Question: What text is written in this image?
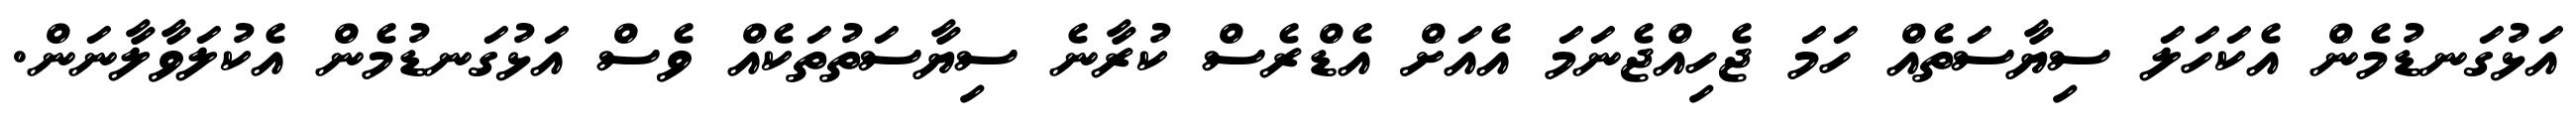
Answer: އަޅުގަނޑުމެން އެކަހަލަ ސިޔާސަތެއް ހަމަ ޖެހިއްޖެނަމަ އެއަށް އެޑްރެސް ކުރާނެ ސިޔާސަތުތަކެއް ވެސް އަޅުގަނޑުމެން އެކުލަވާލާނަން.